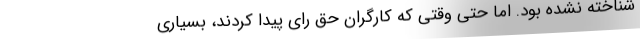
شناخته نشده بود. اما حتی وقتی که کارگران حق رای پیدا کردند، بسیاری